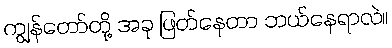
ကျွန်တော်တို့ အခု ဖြတ်နေတာ ဘယ်နေရာလဲ။